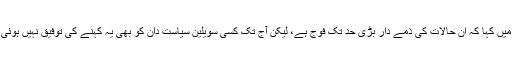
احمد رشید نے ایک سوال کے جواب میں کہا کہ ان حالات کی ذمے دار بڑی حد تک فوج ہے، لیکن آج تک کسی سویلین سیاست دان کو بھی یہ کہنے کی توفیق نہیں ہوئی کہ ’جنرل صاحب، یہ نہیں چلے گا‘۔